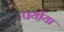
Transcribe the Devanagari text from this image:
पर्याया